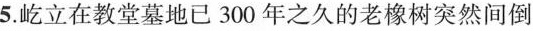
5.屹立在教堂墓地已 300 年之久的老橡树突然间倒